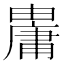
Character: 𤰋